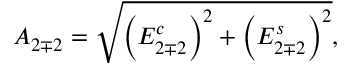
A _ { 2 \mp 2 } = \sqrt { \left( E _ { 2 \mp 2 } ^ { c } \right) ^ { 2 } + \left( E _ { 2 \mp 2 } ^ { s } \right) ^ { 2 } } ,